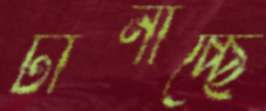
টানাচ্ছে